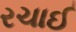
રચાઈ